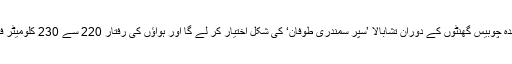
اندازوں کے مطابق آئندہ چوبیس گھنٹوں کے دوران تشابالا ’سُپر سمندری طوفان‘ کی شکل اختیار کر لے گا اور ہواؤں کی رفتار 220 سے 230 کلومیٹر فی گھنٹہ ہو جائے گی۔